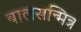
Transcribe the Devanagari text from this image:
बालसन्मित्र